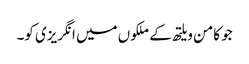
جو کامن ویلتھ کے ملکوں میں انگریزی کو۔